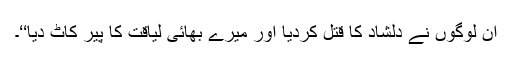
ان لوگوں نے دلشاد کا قتل کردیا اور میرے بھائی لیاقت کا پیر کاٹ دیا‘‘۔